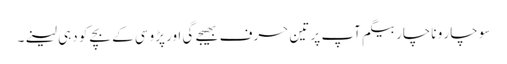
سو چار و ناچار بیگم آپ پر تین حرف بھیجے گی اور پڑوسی کے بچے کو دہی لینے۔